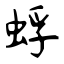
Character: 蜉